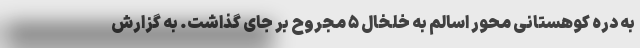
به دره کوهستانی محور اسالم به خلخال ۵ مجروح بر جای گذاشت. به گزارش